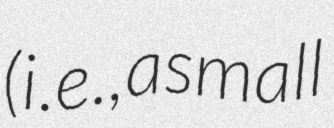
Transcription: (i.e., a small